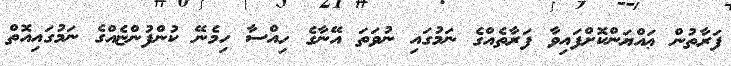
ފަރާތުން ޢައްޔަންކޮށްފައިވާ ފަރާތެއްގެ ނަމުގައި ނުވަތަ އޭނާގެ ހިއްސާ ހިމެނޭ ކުންފުންޏެއްގެ ނަމުގައިއޮތް